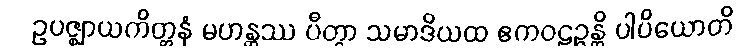
ဥပဇ္ဈာယကိတ္တနံ မဟန္တဿ ပီတွာ သမာဒိယထ ဧကဝဠဉ္ဇန္တိ ပါပိယောတိ